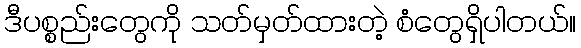
ဒီပစ္စည်းတွေကို သတ်မှတ်ထားတဲ့ စံတွေရှိပါတယ်။